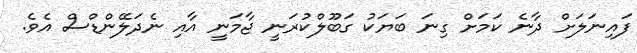
ފައިނަލަށް ދާނެ ކަމަށް ގިނަ ބަޔަކު ގަބޫލްކުރަނީ ޖާމަނީ އާއި ނެދަލޭންޑްސް އެވެ.